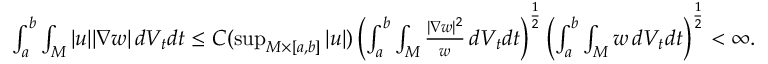
\begin{array} { r } { \int _ { a } ^ { b } \int _ { M } | u | | \nabla w | \, d V _ { t } d t \le C ( \operatorname* { s u p } _ { M \times [ a , b ] } | u | ) \left( \int _ { a } ^ { b } \int _ { M } \frac { | \nabla w | ^ { 2 } } { w } \, d V _ { t } d t \right) ^ { \frac 1 2 } \left( \int _ { a } ^ { b } \int _ { M } w \, d V _ { t } d t \right) ^ { \frac 1 2 } < \infty . } \end{array}